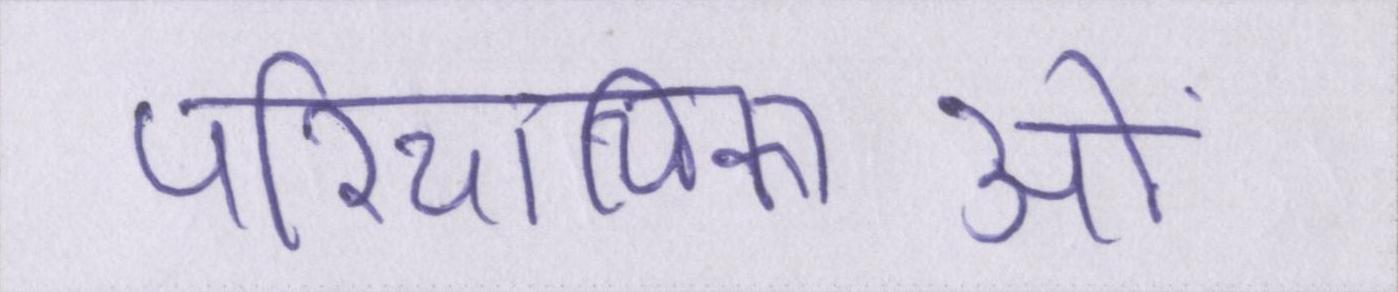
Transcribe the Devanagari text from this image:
परिचायिकाओं